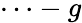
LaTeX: \cdots-g